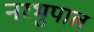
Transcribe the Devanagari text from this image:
नरभुपाल